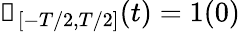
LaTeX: \mathbb{1}_{[-T/2,T/2]}(t)=1(0)